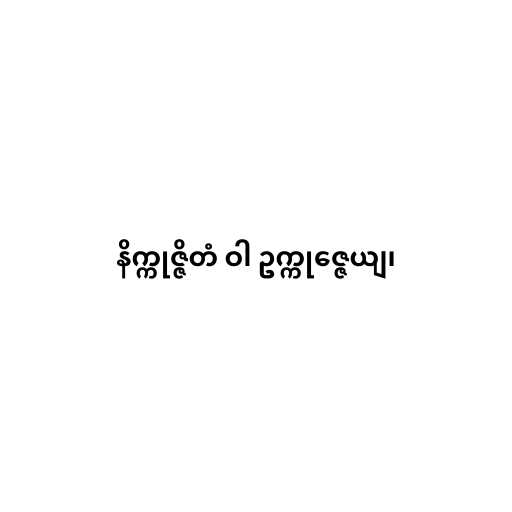
နိက္ကုဇ္ဇိတံ ဝါ ဥက္ကုဇ္ဇေယျ၊